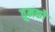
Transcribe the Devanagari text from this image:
तुमकोे